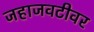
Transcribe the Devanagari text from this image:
जहाजवटीवर